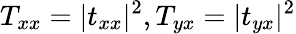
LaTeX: T_{xx}=|t_{xx}|^{2},T_{yx}=|t_{yx}|^{2}